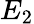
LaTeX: E_{2}